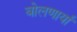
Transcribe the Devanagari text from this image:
बोलणार्या